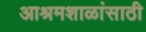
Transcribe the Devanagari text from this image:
आश्रमशाळांसाठी